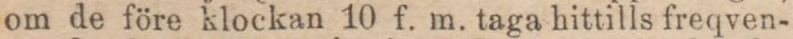
om de före klockan 10 f. m. taga hittills freqven-